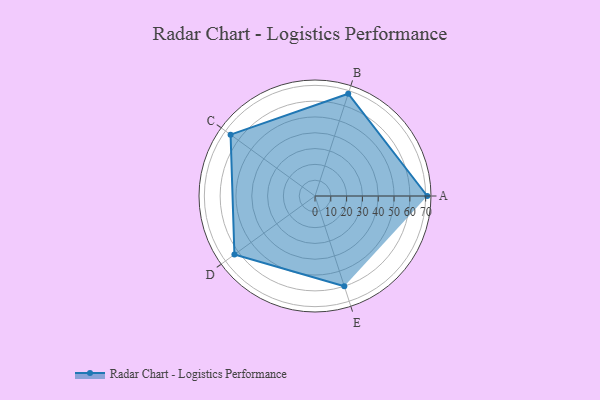
{"axis": {"x": "Skill", "y": "Score"}, "legend": ["Profile"], "data": [{"x": "A", "y": 71.0, "type": "Profile"}, {"x": "B", "y": 68.0, "type": "Profile"}, {"x": "C", "y": 66.0, "type": "Profile"}, {"x": "D", "y": 63.0, "type": "Profile"}, {"x": "E", "y": 60.0, "type": "Profile"}]}